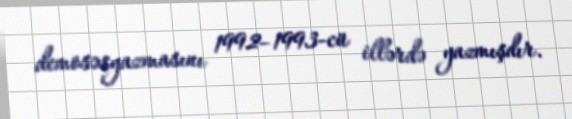
demosəsyazmasını 1992–1993-cü illərdə yazmışdır.